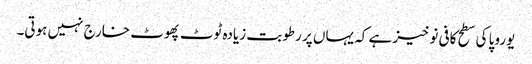
یوروپا کی سطح کافی نوخیز ہے کہ یہاں پر رطوبت زیادہ ٹوٹ پھوٹ خارج نہیں ہوتی۔